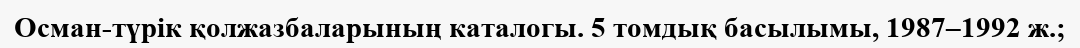
Осман-түрік қолжазбаларының каталогы. 5 томдық басылымы, 1987–1992 ж.;